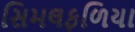
સિમલફળિયા